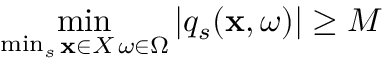
\underset { \operatorname* { m i n } _ { s } { \substack { \mathbf { x } \in X \, \omega \in \Omega } } } { \operatorname* { m i n } } \left| q _ { s } ( \mathbf { x } , \omega ) \right| \geq M